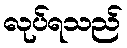
လုပ်ရသည်